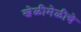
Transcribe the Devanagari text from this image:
खेळीमेळीचे